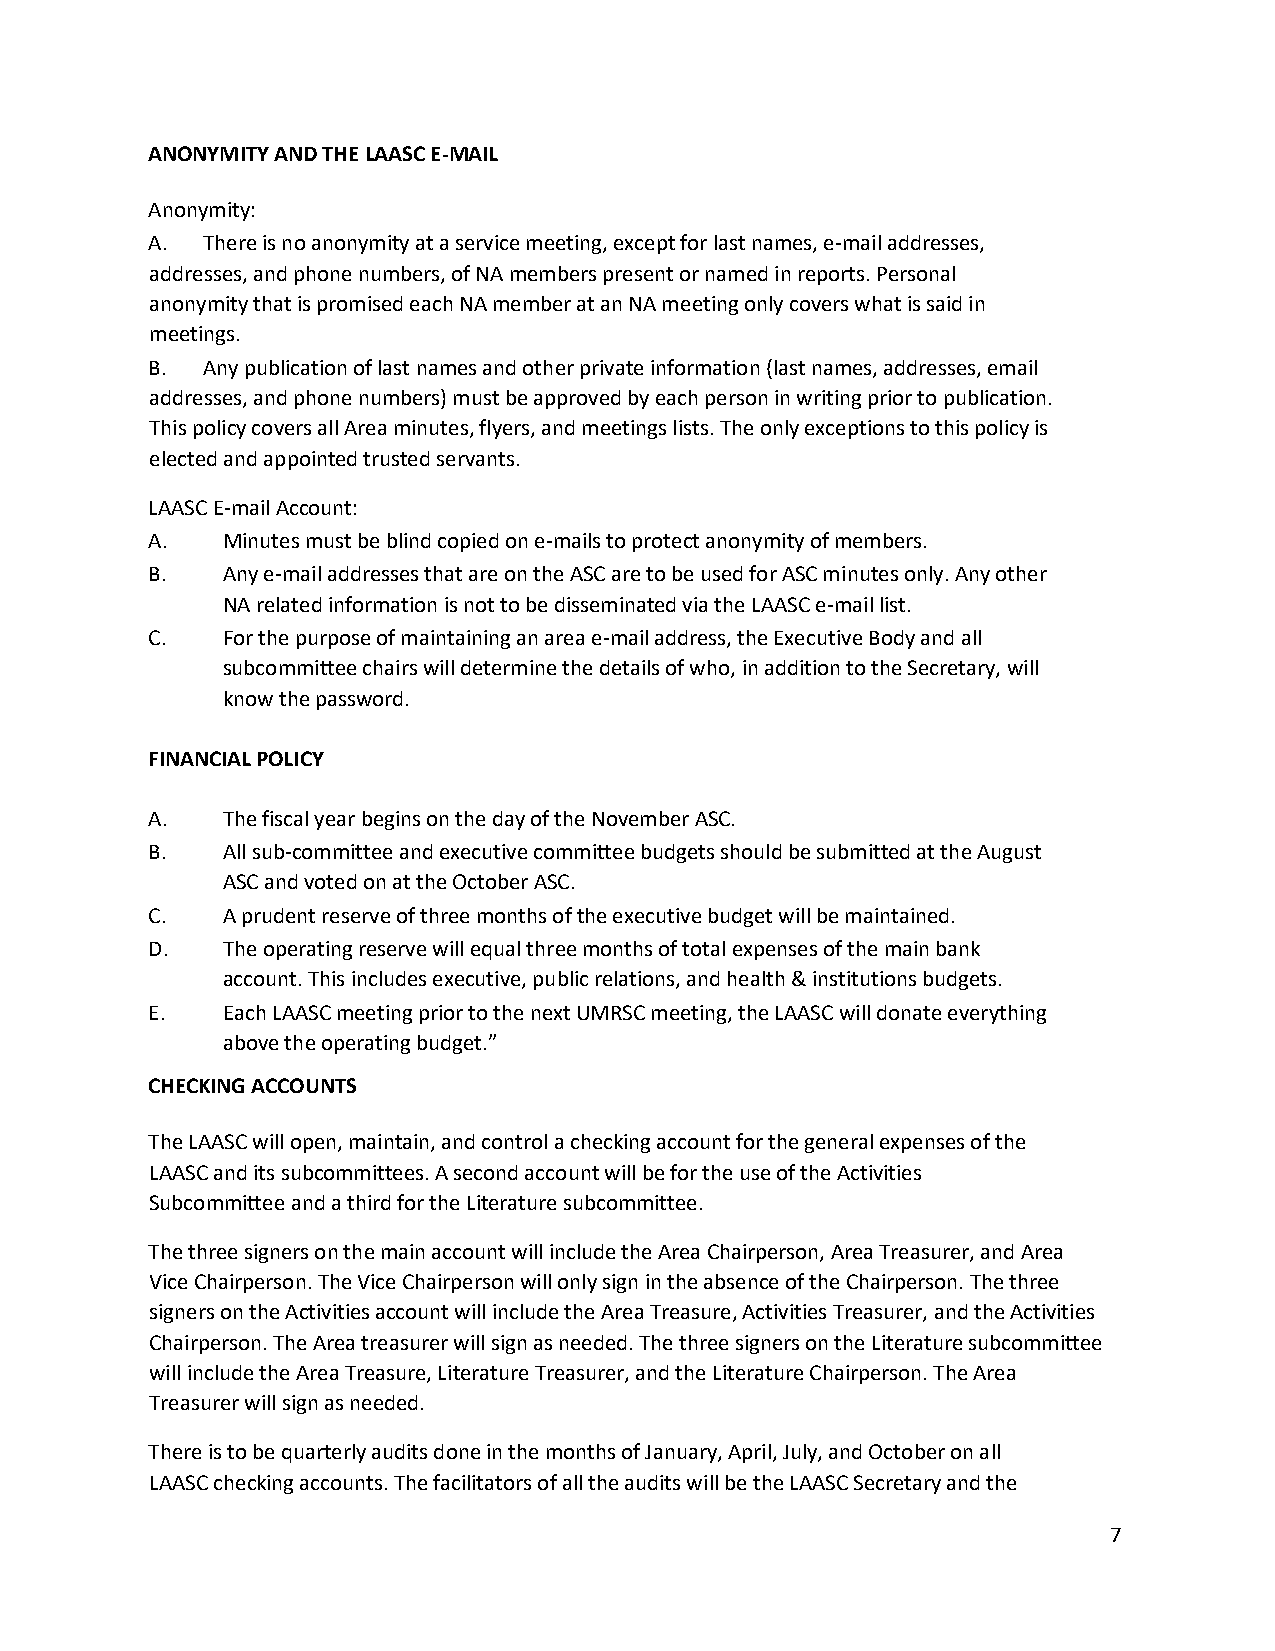
ANONYMITY AND THE LAASC E-MAIL
 Anonymity:
 A. There is no anonymity at a service meeting, except for last names, e-mail addresses,
 addresses, and phone numbers, of NA members present or named in reports. Personal
 anonymity that is promised each NA member at an NA meeting only covers what is said in
 meetings.
 B. Any publication of last names and other private information (last names, addresses, email
 addresses, and phone numbers) must be approved by each person in writing prior to publication.
 This policy covers all Area minutes, flyers, and meetings lists. The only exceptions to this policy is
 elected and appointed trusted servants.
 LAASC E-mail Account:
 A.   Minutes must be blind copied on e-mails to protect anonymity of members.
 B.   Any e-mail addresses that are on the ASC are to be used for ASC minutes only. Any other
 NA related information is not to be disseminated via the LAASC e-mail list.
 C.   For the purpose of maintaining an area e-mail address, the Executive Body and all
 subcommittee chairs will determine the details of who, in addition to the Secretary, will
 know the password.
 FINANCIAL POLICY
 A.   The fiscal year begins on the day of the November ASC.
 B.   All sub-committee and executive committee budgets should be submitted at the August
 ASC and voted on at the October ASC.
 C.   A prudent reserve of three months of the executive budget will be maintained.
 D.   The operating reserve will equal three months of total expenses of the main bank
 account. This includes executive, public relations, and health & institutions budgets.
 E.   Each LAASC meeting prior to the next UMRSC meeting, the LAASC will donate everything
 above the operating budget.”
 CHECKING ACCOUNTS
 The LAASC will open, maintain, and control a checking account for the general expenses of the
 LAASC and its subcommittees. A second account will be for the use of the Activities
 Subcommittee and a third for the Literature subcommittee.
 The three signers on the main account will include the Area Chairperson, Area Treasurer, and Area
 Vice Chairperson. The Vice Chairperson will only sign in the absence of the Chairperson. The three
 signers on the Activities account will include the Area Treasure, Activities Treasurer, and the Activities
 Chairperson. The Area treasurer will sign as needed. The three signers on the Literature subcommittee
 will include the Area Treasure, Literature Treasurer, and the Literature Chairperson. The Area
 Treasurer will sign as needed.
 There is to be quarterly audits done in the months of January, April, July, and October on all
 LAASC checking accounts. The facilitators of all the audits will be the LAASC Secretary and the
 7